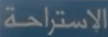
الإستراحة